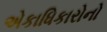
એકાધિકારોનો